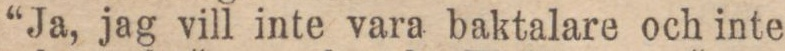
“Ja, jag vill inte vara baktalare och inte